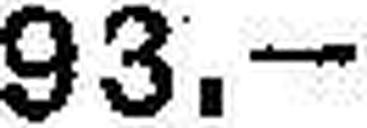
93.—